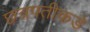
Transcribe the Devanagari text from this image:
छत्रपतीकडे